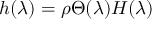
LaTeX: h ( \lambda ) = \rho \Theta ( \lambda ) H ( \lambda )